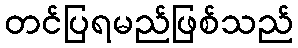
တင်ပြရမည်ဖြစ်သည်